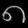
Digit: ၈